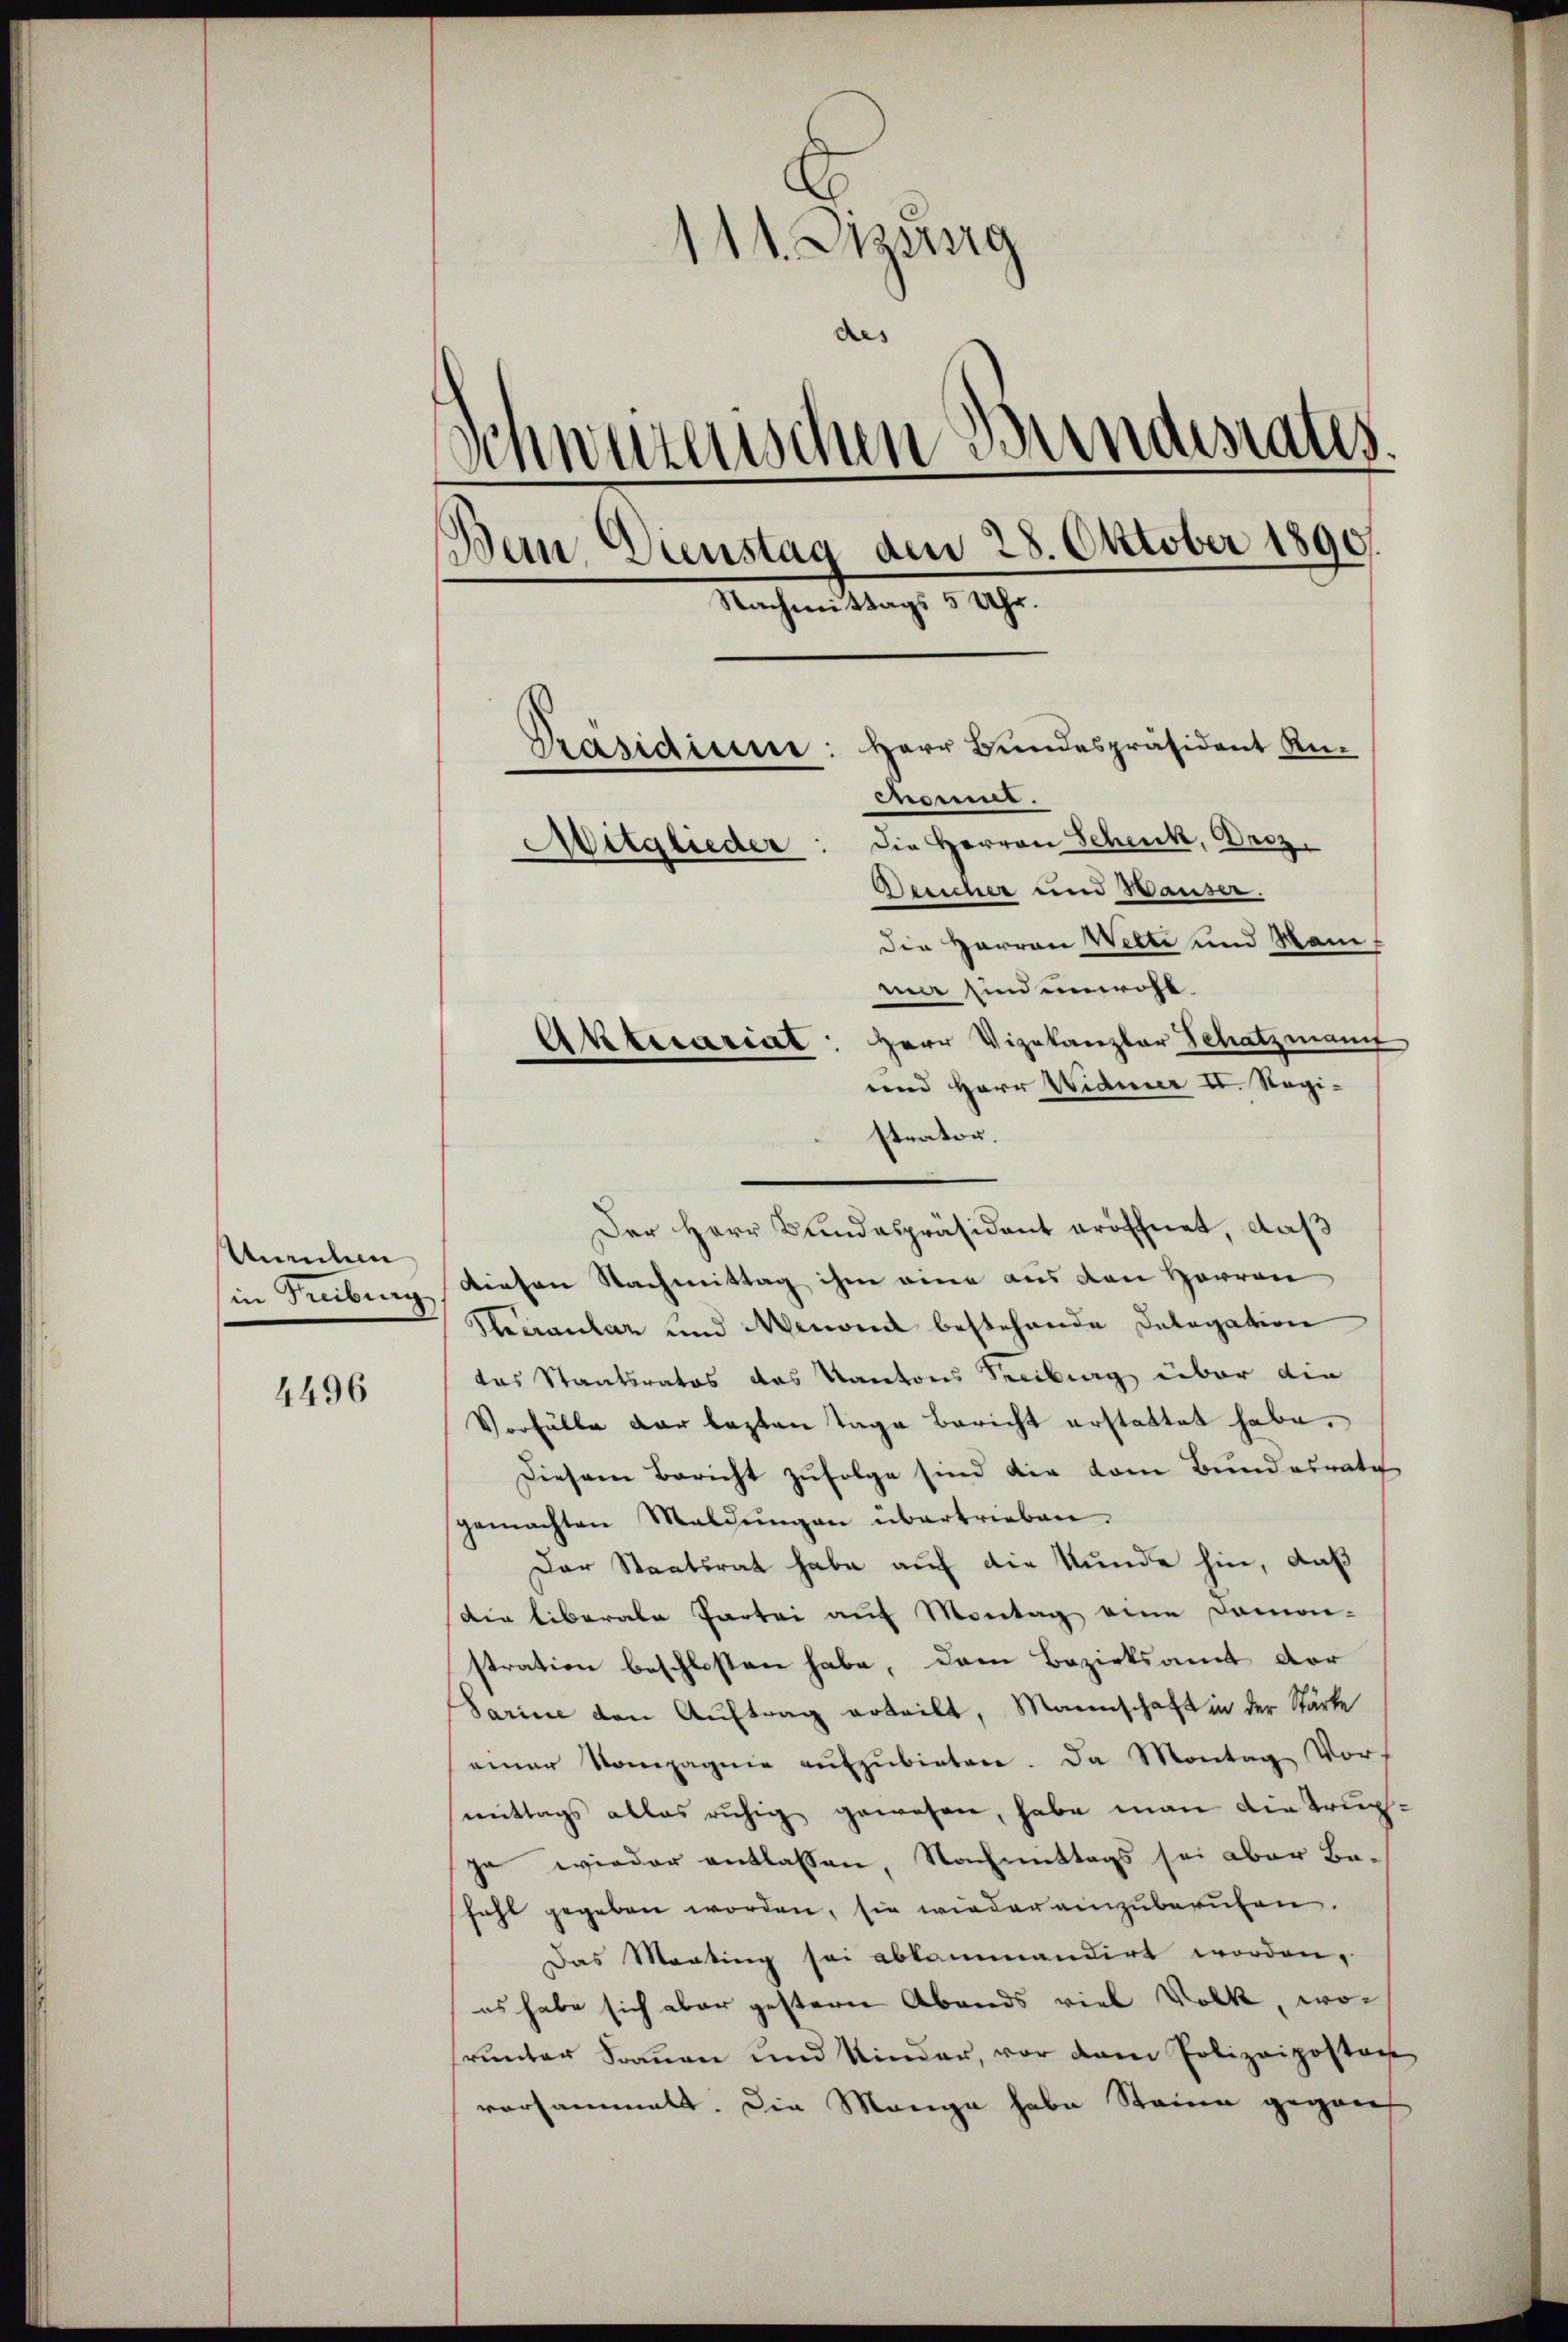
Meilen
in Treiburg

4496

111. Diesig
)
des
Schwurerischen Bundesrates.
Dan Dienstag den 28. Oktober 1890.
Nachmittags 5 Uhr.
Präsidium: Herr Bundespräsident Rumommt.
Mitglieder: die Herren Schenk, Droz.
Seucher und Wauser.
Die Herren Welti und Mani-

mi sind unwohl.
Aktesariat: Herr Vizekanzlar Schatzmann
und Herr Widmer I. Registrator.
Der Herr Bundespräsident eröffnet, daß
diesen Nachmittag ihm eine aus den Herren
Peeraular und Menond bestehende Delegation
das Staatsratos das Kantons Treiburg über die
Vorfälle dar lezten Tage bericht erstattet habe.
Diesem Bericht zufolge sind die vom Bundesrate
gemachten Maldŭngen übertrieben.
Der Staatsrat habe auf die Stunde hin, daß
Die liberale Partei auf Montag eine Damo-
stration beschlossen habe, dem Bezirksamt der
Sarine den Auftrag erteilt, Manenschaft in der Stärke
einer Kompagnie aŭfzŭbieten. Da Montag Vor-
mittags alles ruhig gewesen, habe man die Trupja wieder entlassen, Nachmittags sei aber Be-
fahl gegeben worden, sie wieder einzuberufen.
Das Marting sei abkommandirt worden,
es habe sich aber gestern Abends viel Volk, worunter Frauen und Kinder, vor dem Polizeipostan
vorsammelt. Die Mange habe Steine gegen

e